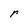
Character: r